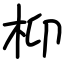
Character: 枊